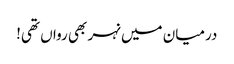
درمیان میں نہر بھی رواں تھی!